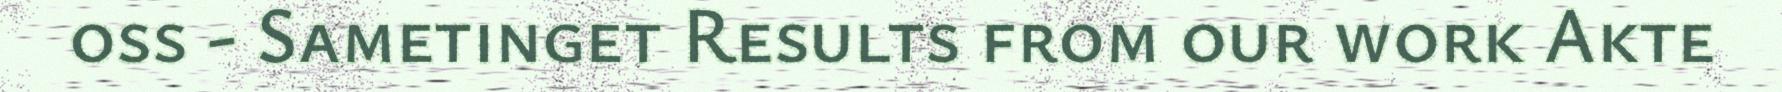
oss - Sametinget Results from our work Akte